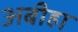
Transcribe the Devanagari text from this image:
अबीहा